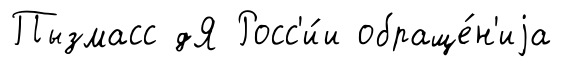
Пызмасс дЯ Росс'и́и обраще́н'иjа